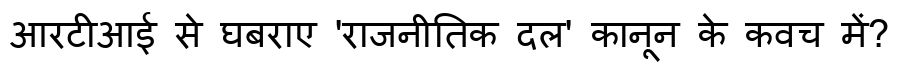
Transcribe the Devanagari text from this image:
आरटीआई से घबराए 'राजनीतिक दल' कानून के कवच में?